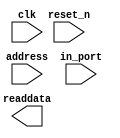
module nios_qsys_pio_5 (
		input  wire        clk,      //                 clk.clk
		input  wire        reset_n,  //               reset.reset_n
		input  wire [1:0]  address,  //                  s1.address
		output wire [31:0] readdata, //                    .readdata
		input  wire [31:0] in_port   // external_connection.export
	);
endmodule